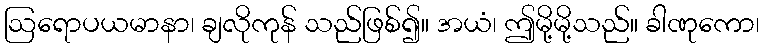
ဩရောပယမာနာ၊ ချလိုကုန် သည်ဖြစ်၍။ အယံ၊ ဤမို့မို့သည်။ ခါဏုကော၊